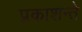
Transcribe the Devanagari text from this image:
प्रकाशन्ते